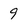
Character: 9